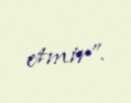
etmir”.